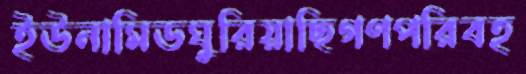
ইউনামিডঘুরিয়াছিগণপরিবহ